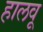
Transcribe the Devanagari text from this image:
हालवू